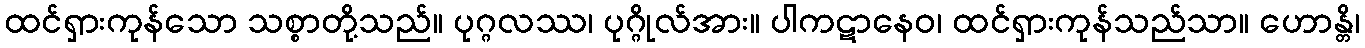
ထင်ရှားကုန်သော သစ္စာတို့သည်။ ပုဂ္ဂလဿ၊ ပုဂ္ဂိုလ်အား။ ပါကဋာနေဝ၊ ထင်ရှားကုန်သည်သာ။ ဟောန္တိ၊